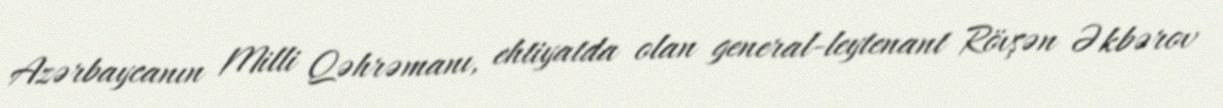
Azərbaycanın Milli Qəhrəmanı, ehtiyatda olan general-leytenant Rövşən Əkbərov